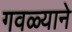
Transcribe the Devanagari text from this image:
गवळ्याने